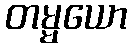
တမ္မယော